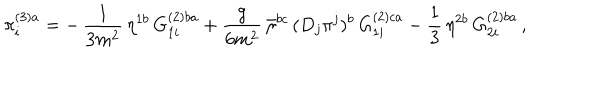
\pi _ { i } ^ { ( 3 ) a } = - \, \frac { 1 } { 3 m ^ { 2 } } \, \eta ^ { 1 b } \, G _ { 1 i } ^ { ( 2 ) b a } + \frac { g } { 6 m ^ { 2 } } \, \bar { \eta } ^ { b c } \, ( D _ { j } \pi ^ { j } ) ^ { b } \, G _ { 1 i } ^ { ( 2 ) c a } - \frac { 1 } { 3 } \, \eta ^ { 2 b } \, G _ { 2 i } ^ { ( 2 ) b a } \, ,